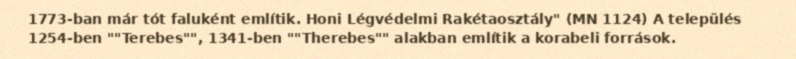
1773-ban már tót faluként említik. Honi Légvédelmi Rakétaosztály" (MN 1124) A település 1254-ben ""Terebes"", 1341-ben ""Therebes"" alakban említik a korabeli források.